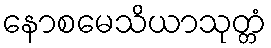
နောစမေသိယာသုတ္တံ